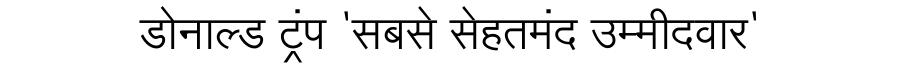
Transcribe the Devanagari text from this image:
डोनाल्ड ट्रंप 'सबसे सेहतमंद उम्मीदवार'